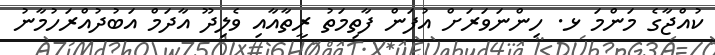
ކުއްޖާގެ މަންމަ ޅ. ހިންނަވަރަށް އުފަން ފާތިމަތު ރީތާއާއި ވެލިދޫ އާދަމް އަބުދުއްރަހުމާނު